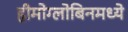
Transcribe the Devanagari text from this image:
हीमोग्लोबिनमध्ये